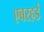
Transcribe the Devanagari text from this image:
एबरहर्ड